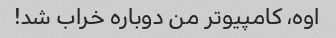
اوه، کامپیوتر من دوباره خراب شد!